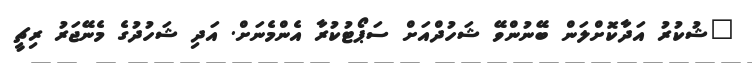
"ޝުކުރު އަދާކޮށްލަން ބޭނުންވޭ ޝަހުދްއަށް ސަޕޯޓުކުރާ އެންމެނަށް. އަދި ޝަހުދުގެ މެނޭޖަރު ރިޗީ